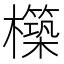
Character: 𭬬